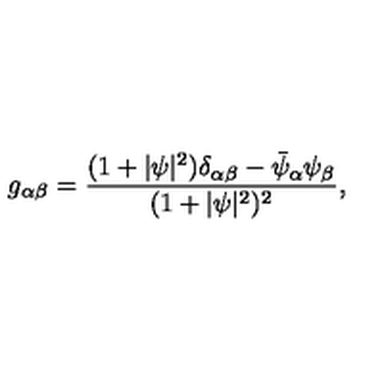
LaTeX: g _ { \alpha \beta } = \frac { ( 1 + \vert \psi \vert ^ { 2 } ) \delta _ { \alpha \beta } - \bar { \psi } _ { \alpha } \psi _ { \beta } } { ( 1 + \vert \psi \vert ^ { 2 } ) ^ { 2 } } ,